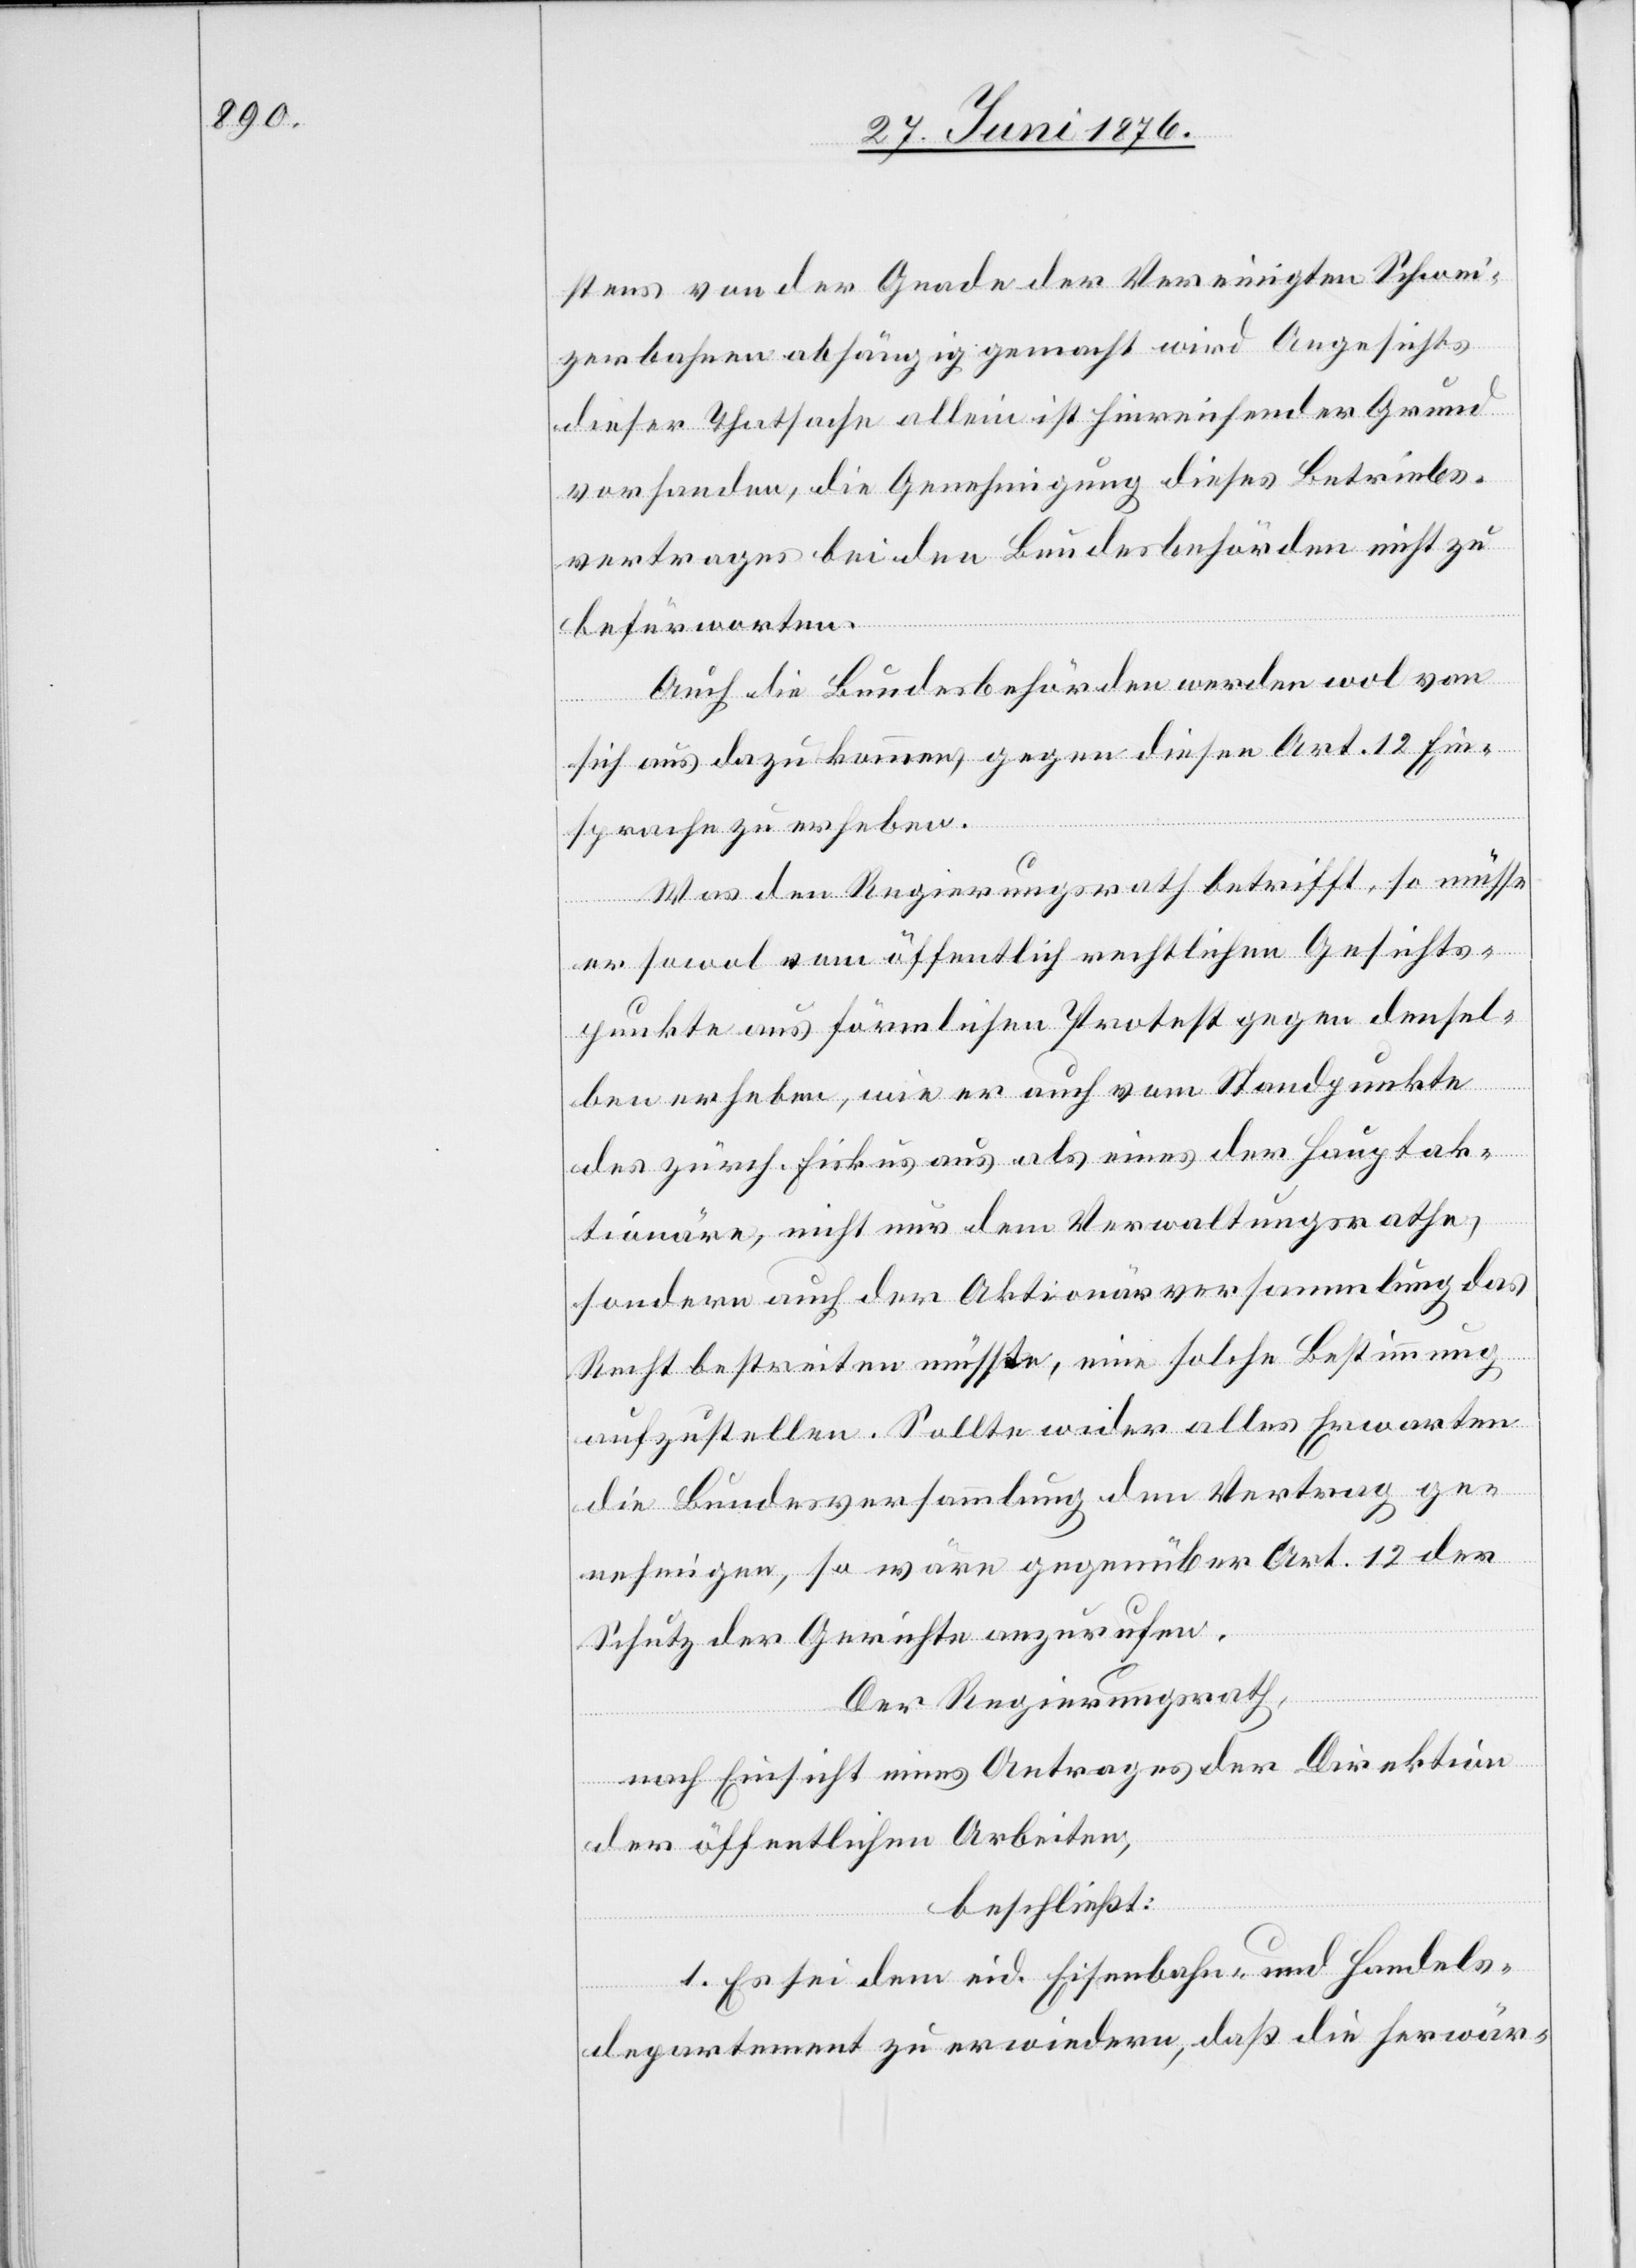
stens von der Gnade der Vereinigten Schwei¬
zerbahnen abhängig gemacht wird. Angesichts
dieser Thatsache allein ist hinreichender Grund
vorhanden, die Genehmigung dieses Betriebs¬
vertrages bei den Bundesbehörden nicht zu
befürworten.
Auch die Bundesbehörden werden wol von
sich aus dazu kommen, gegen diesen Art. 12 Ein¬
sprache zu erheben.
Was den Regierungsrath betrifft, so müsse
er sowol vom öffentlich rechtlichen Gesichts¬
punkte aus förmlichen Protest gegen densel¬
ben erheben, wie er auch vom Standpunkte
des zürch. Fiskus aus als eines [sic!] der Hauptak¬
tionäre, nicht nur dem Verwaltungsrathe,
sondern auch der Aktionärversammlung das
Recht bestreiten müsste, eine solche Bestimmung
aufzustellen. Sollte wider alles Erwarten
die Bundesversammlung den Vertrag ge¬
nehmigen, so wäre gegenüber Art. 12 der
Schutz der Gerichte anzurufen.
Der Regierungsrath,
nach Einsicht eines Antrages der Direktion
der öffentlichen Arbeiten,
beschließt:
1. Es sei dem eid. Eisenbahn- und Handels¬
departement zu erwiedern, daß die herwär-